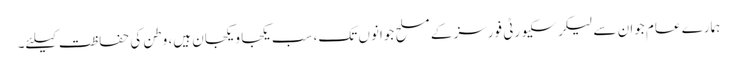
ہمارے عام جوان سے لیکر سکیورٹی فورسز کے مسلح جوانوں تک، سب یکجا و یکجان ہیں، وطن کی حفاظت کیلئے۔